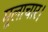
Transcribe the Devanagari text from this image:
मूलाचार।